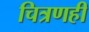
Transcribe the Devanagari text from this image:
चित्रणही